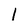
Character: l